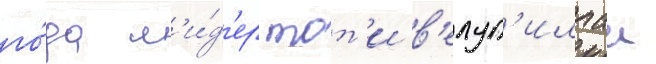
го́да л'и́д'ер тот'и в'елуп'иллаи